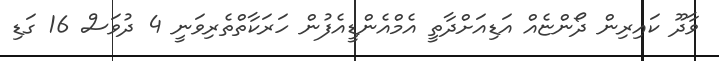
ވާދޫ ކައިރިން ދޯންޏެއް އަޑިއަށްދާތީ އެމްއެންޑީއެފުން ހަރަކާތްތެރިވަނީ 4 ދުވަސް 16 ގަޑި